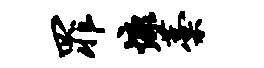
罪慷藁